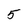
Character: 5